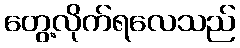
တွေ့လိုက်ရလေသည်